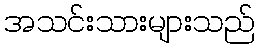
အသင်းသားများသည်